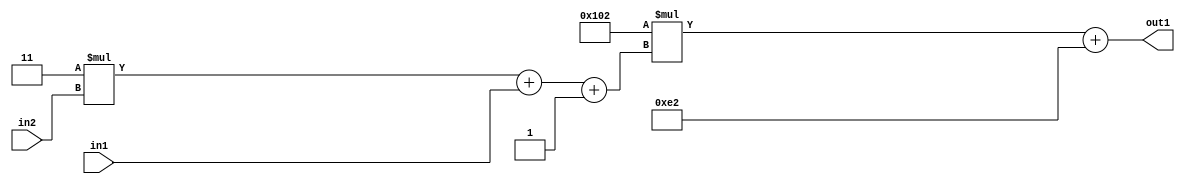
`timescale 1ps / 1ps
/*****************************************************************************
    Verilog RTL Description
    
    
    Created by: Stratus DpOpt 2019.1.01 
*******************************************************************************/

module DC_Filter_Add2i226Mul2i258Add3i1u1Mul2i3u2_4 (
	in2,
	in1,
	out1
	); /* architecture "behavioural" */ 
input [1:0] in2;
input  in1;
output [11:0] out1;
wire [11:0] asc001;
wire [3:0] asc002;

wire [3:0] asc002_tmp_0;
wire [3:0] asc002_tmp_1;
assign asc002_tmp_1 = 
	+(4'B0011 * in2);
assign asc002_tmp_0 = asc002_tmp_1
	+(in1);
assign asc002 = asc002_tmp_0
	+(4'B0001);

wire [11:0] asc001_tmp_2;
assign asc001_tmp_2 = 
	+(12'B000100000010 * asc002);
assign asc001 = asc001_tmp_2
	+(12'B000011100010);

assign out1 = asc001;
endmodule

/* CADENCE  vrTwSA0= : u9/ySgnWtBlWxVPRXgAZ4Og= ** DO NOT EDIT THIS LINE ******/